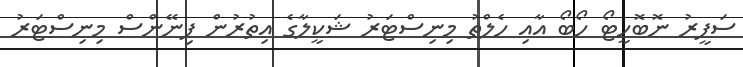
ސަފީރު ނޮބޮހީޓޯ ހޯބޯ އާއި ހެލްތު މިނިސްޓަރު ޝަކީލާގެ އިތުރުން ފިނޭންސް މިނިސްޓަރު